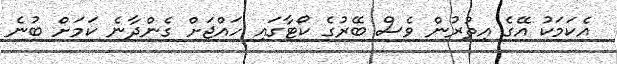
އެކަމަކު އޭގެ އިތުރުން ވެސް ބޭރުގެ ކޯޓާގައި ހައްޖަށް ގެންދާނެ ކަމަށް ބުނެ